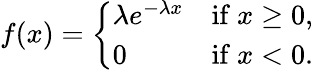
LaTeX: f(x)={\left\{ \begin{array}{ll}{\lambda e^{-\lambda x}}&{{\mathrm{if~}}x\geq 0,}\\ {0}&{{\mathrm{if~}}x<0.}\end{array}\right.}